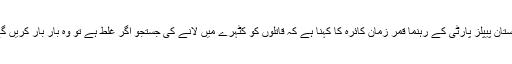
پاکستان پیپلز پارٹی کے رہنما قمر زمان کائرہ کا کہنا ہے کہ قاتلوں کو کٹہرے میں لانے کی جستجو اگر غلط ہے تو وہ بار بار کریں گے۔